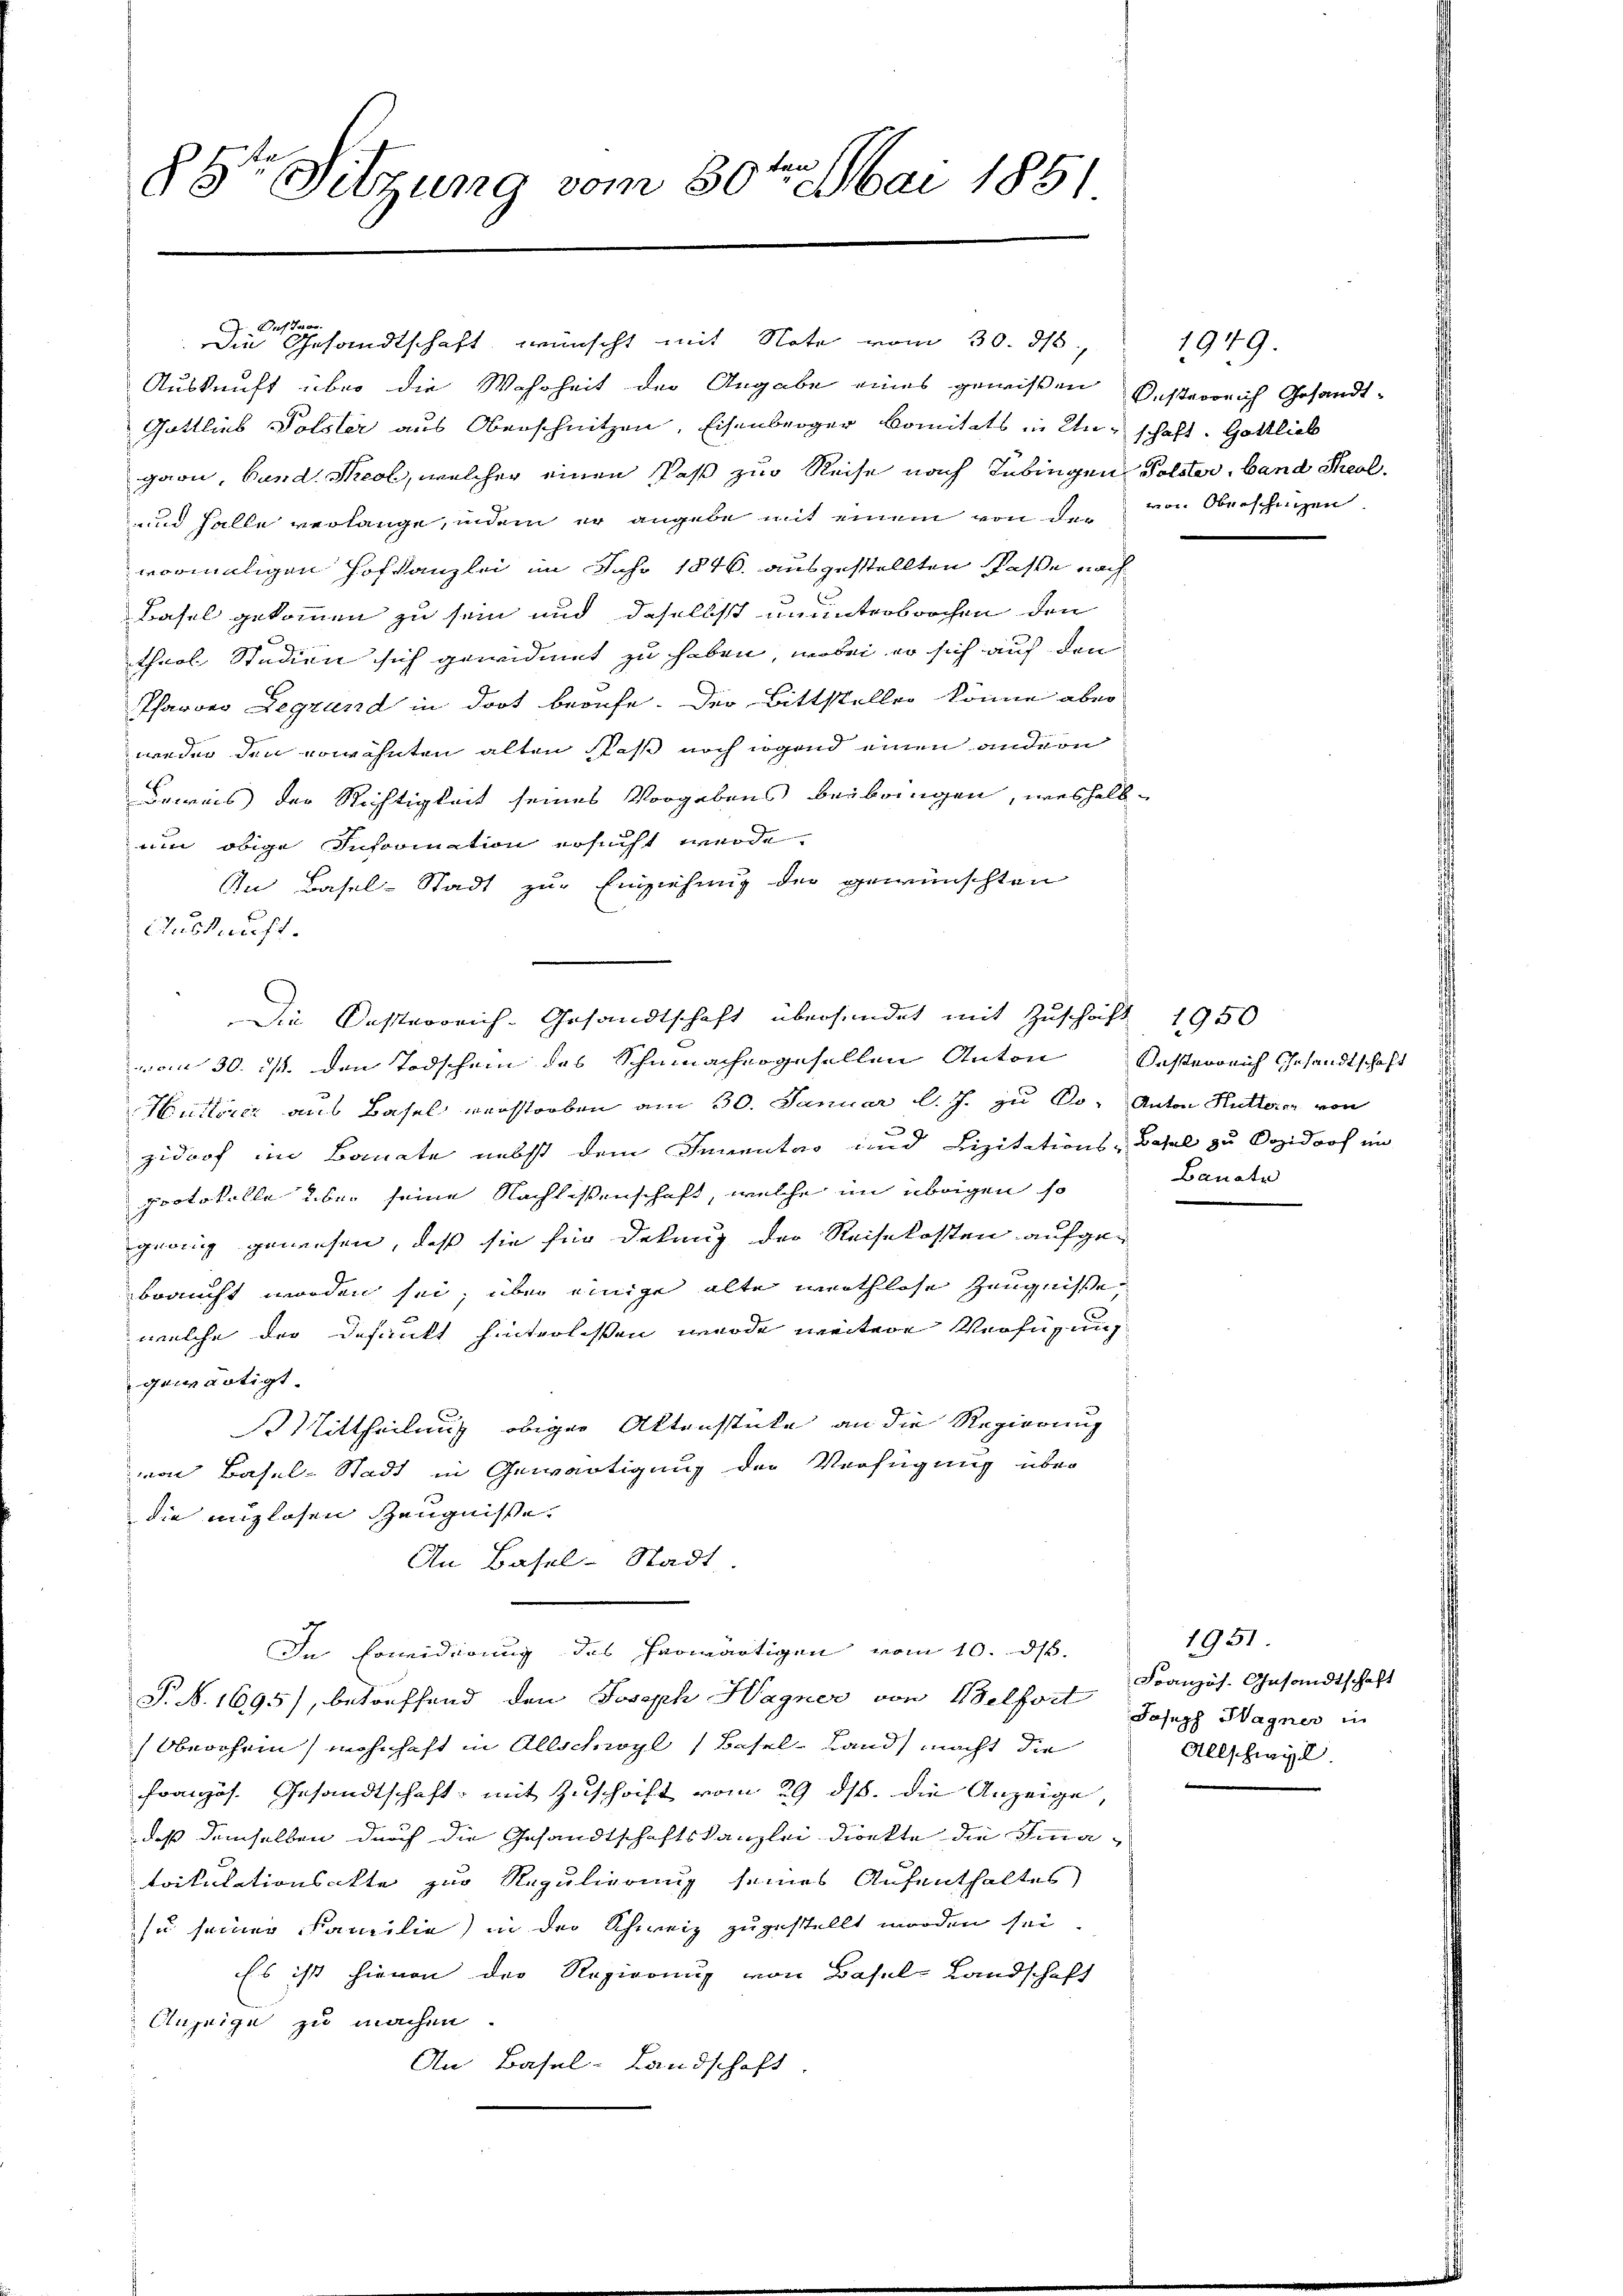
88te Sitzung vom 30te͇n Mai 1851

A. Puchtver
Die Gesandtschaft wünscht mit Note vom 30. ds.
Auskunft über die Wahrheit der Angabe eines gewißen Oesterrich Gesandt-
Gottlieb Polster aus Oberschnitzen, Eisenberger komitats in Unschaft. Gottlieb
garn, Bund. Kreol, welcher einen Paß zur Reise nach Tübingen Polster, band Pol
und Halle verlange, indem er angebe mit einem von der von Oberschingen
vormaligen Hofkanzlei im Jahr 1846. ausgestellten Pässe nach
Basel gekommen zu sein und daselbst ununterbrochen den
theol Studien sich gewidmet zu haben, wobei er sich auf den
Pfarrer Legrund in dort berufe. Der Bittsteller könne aber
weder den erwähnten alten Paß noch irgend einen andern
Beweis der Richtigkeit seines Vorgebens beibringen, weshalb
um obige Information ersucht werde.
An Basel-Stadt zur Einziehung der gewünschten
Auskauft.
vom 30. ist den Todschein des Schumachergesellen Anton Oesterreich Gesandtschaft
Huttvier aus Basel verstorben am 30. Januar l. J. zu Po- Anton Hütteren von
zidoof im Banate nebst dem Inventar und Lizitations-Basel zu Dozidoof im
protokolle über seine Nachlissenschaft, welche im übrigen so
gering gewesen, daß sie für dekung der Reisekosten aufge-
braucht worden sei, über einige alte werthlose Zeugnisse
welche der desankt hinterlassen wurde weitere Verfügung
gewärtigt.
 Mittheilung obiger Aktensstücke an die Regierung
von Basel-Stadt in Gewärtigung der Verfügung über
die unzlosen Zeugnisse,
An Basel-Stadt.
In Erwiderung des herwärtigen vom 10. ds.
S. N. 1695), betreffend den Joseph Hagner von Welfort
Oberohrin) wohnhaft in Allschwyl (Basel-Land macht die
Französ. Gesandtschaft mit Zuschrift vom 29. ds. die Anzeige,
daß demselben durch die Gesandtschaftskanzlei direkte die Sinatrikulationsakte zur Regulierung seines Aufenthaltes
zu seiner Familie) in der Schweiz zugestellt worden sei
Es ist hievon der Regierung von Basel-Landschaft
Anzeige zu machen.
An Basel-Landschaft

Die Kosterreich-Gesandtschaft übersendet mit Zuschrift 1950

1949.

Baustr

1951.
Französ. Gesandtschaft
Joseph Hagner in
Allschwyl